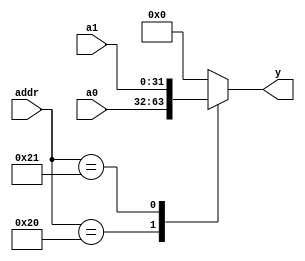
module io_input_mux(a0, a1, addr, y);
    //  32 

    input   [31: 0]     a0, a1;
    input   [5: 0]      addr;

    output  [31: 0]     y;

    reg     [31: 0]     y;

    always @ (*)
    begin
        case (addr)
            6'b100000:  y = a0;
            6'b100001:  y = a1;
            default:    y = 32'h0;
        endcase
    end

endmodule